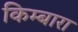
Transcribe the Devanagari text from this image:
किम्बारा